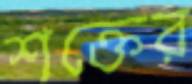
শক্তের